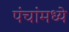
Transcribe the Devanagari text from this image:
पंचांमध्ये